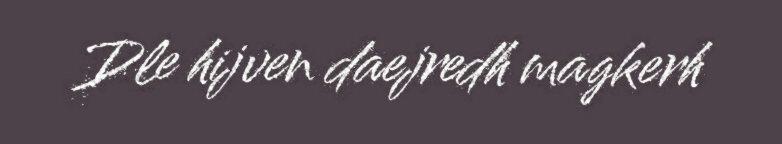
Dle hijven daejredh magkerh